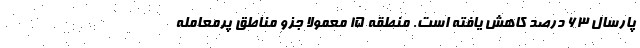
پارسال ۶۳ درصد کاهش یافته است. منطقه ۱۵ معمولا جزو مناطق پرمعامله